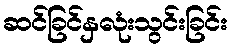
ဆင်ခြင်နှလုံးသွင်းခြင်း